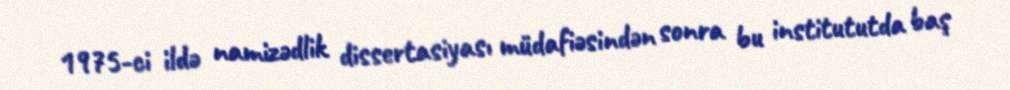
1975-ci ildə namizədlik dissertasiyası müdafiəsindən sonra bu institututda baş